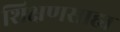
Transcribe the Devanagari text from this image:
शिक्षणसाह्य